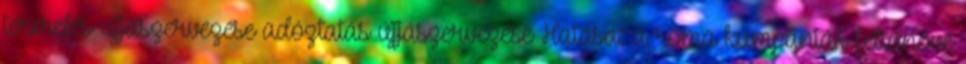
termelés újjászervezése adóztatás újjászervezése Hatása: a roma kumpániák feltűnővé